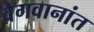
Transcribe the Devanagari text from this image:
वेगवानांत